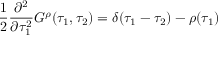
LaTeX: { \frac { 1 } { 2 } } { \frac { \partial ^ { 2 } } { \partial \tau _ { 1 } ^ { 2 } } } G ^ { \rho } ( \tau _ { 1 } , \tau _ { 2 } ) = \delta ( \tau _ { 1 } - \tau _ { 2 } ) - \rho ( \tau _ { 1 } )